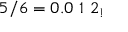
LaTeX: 5 / 6 = 0 . 0 \ 1 \ 2 _ { ! }